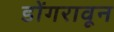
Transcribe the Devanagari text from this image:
डोंगरावून